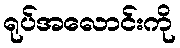
ရုပ်အလောင်းကို